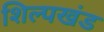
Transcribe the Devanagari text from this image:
शिल्पखंड